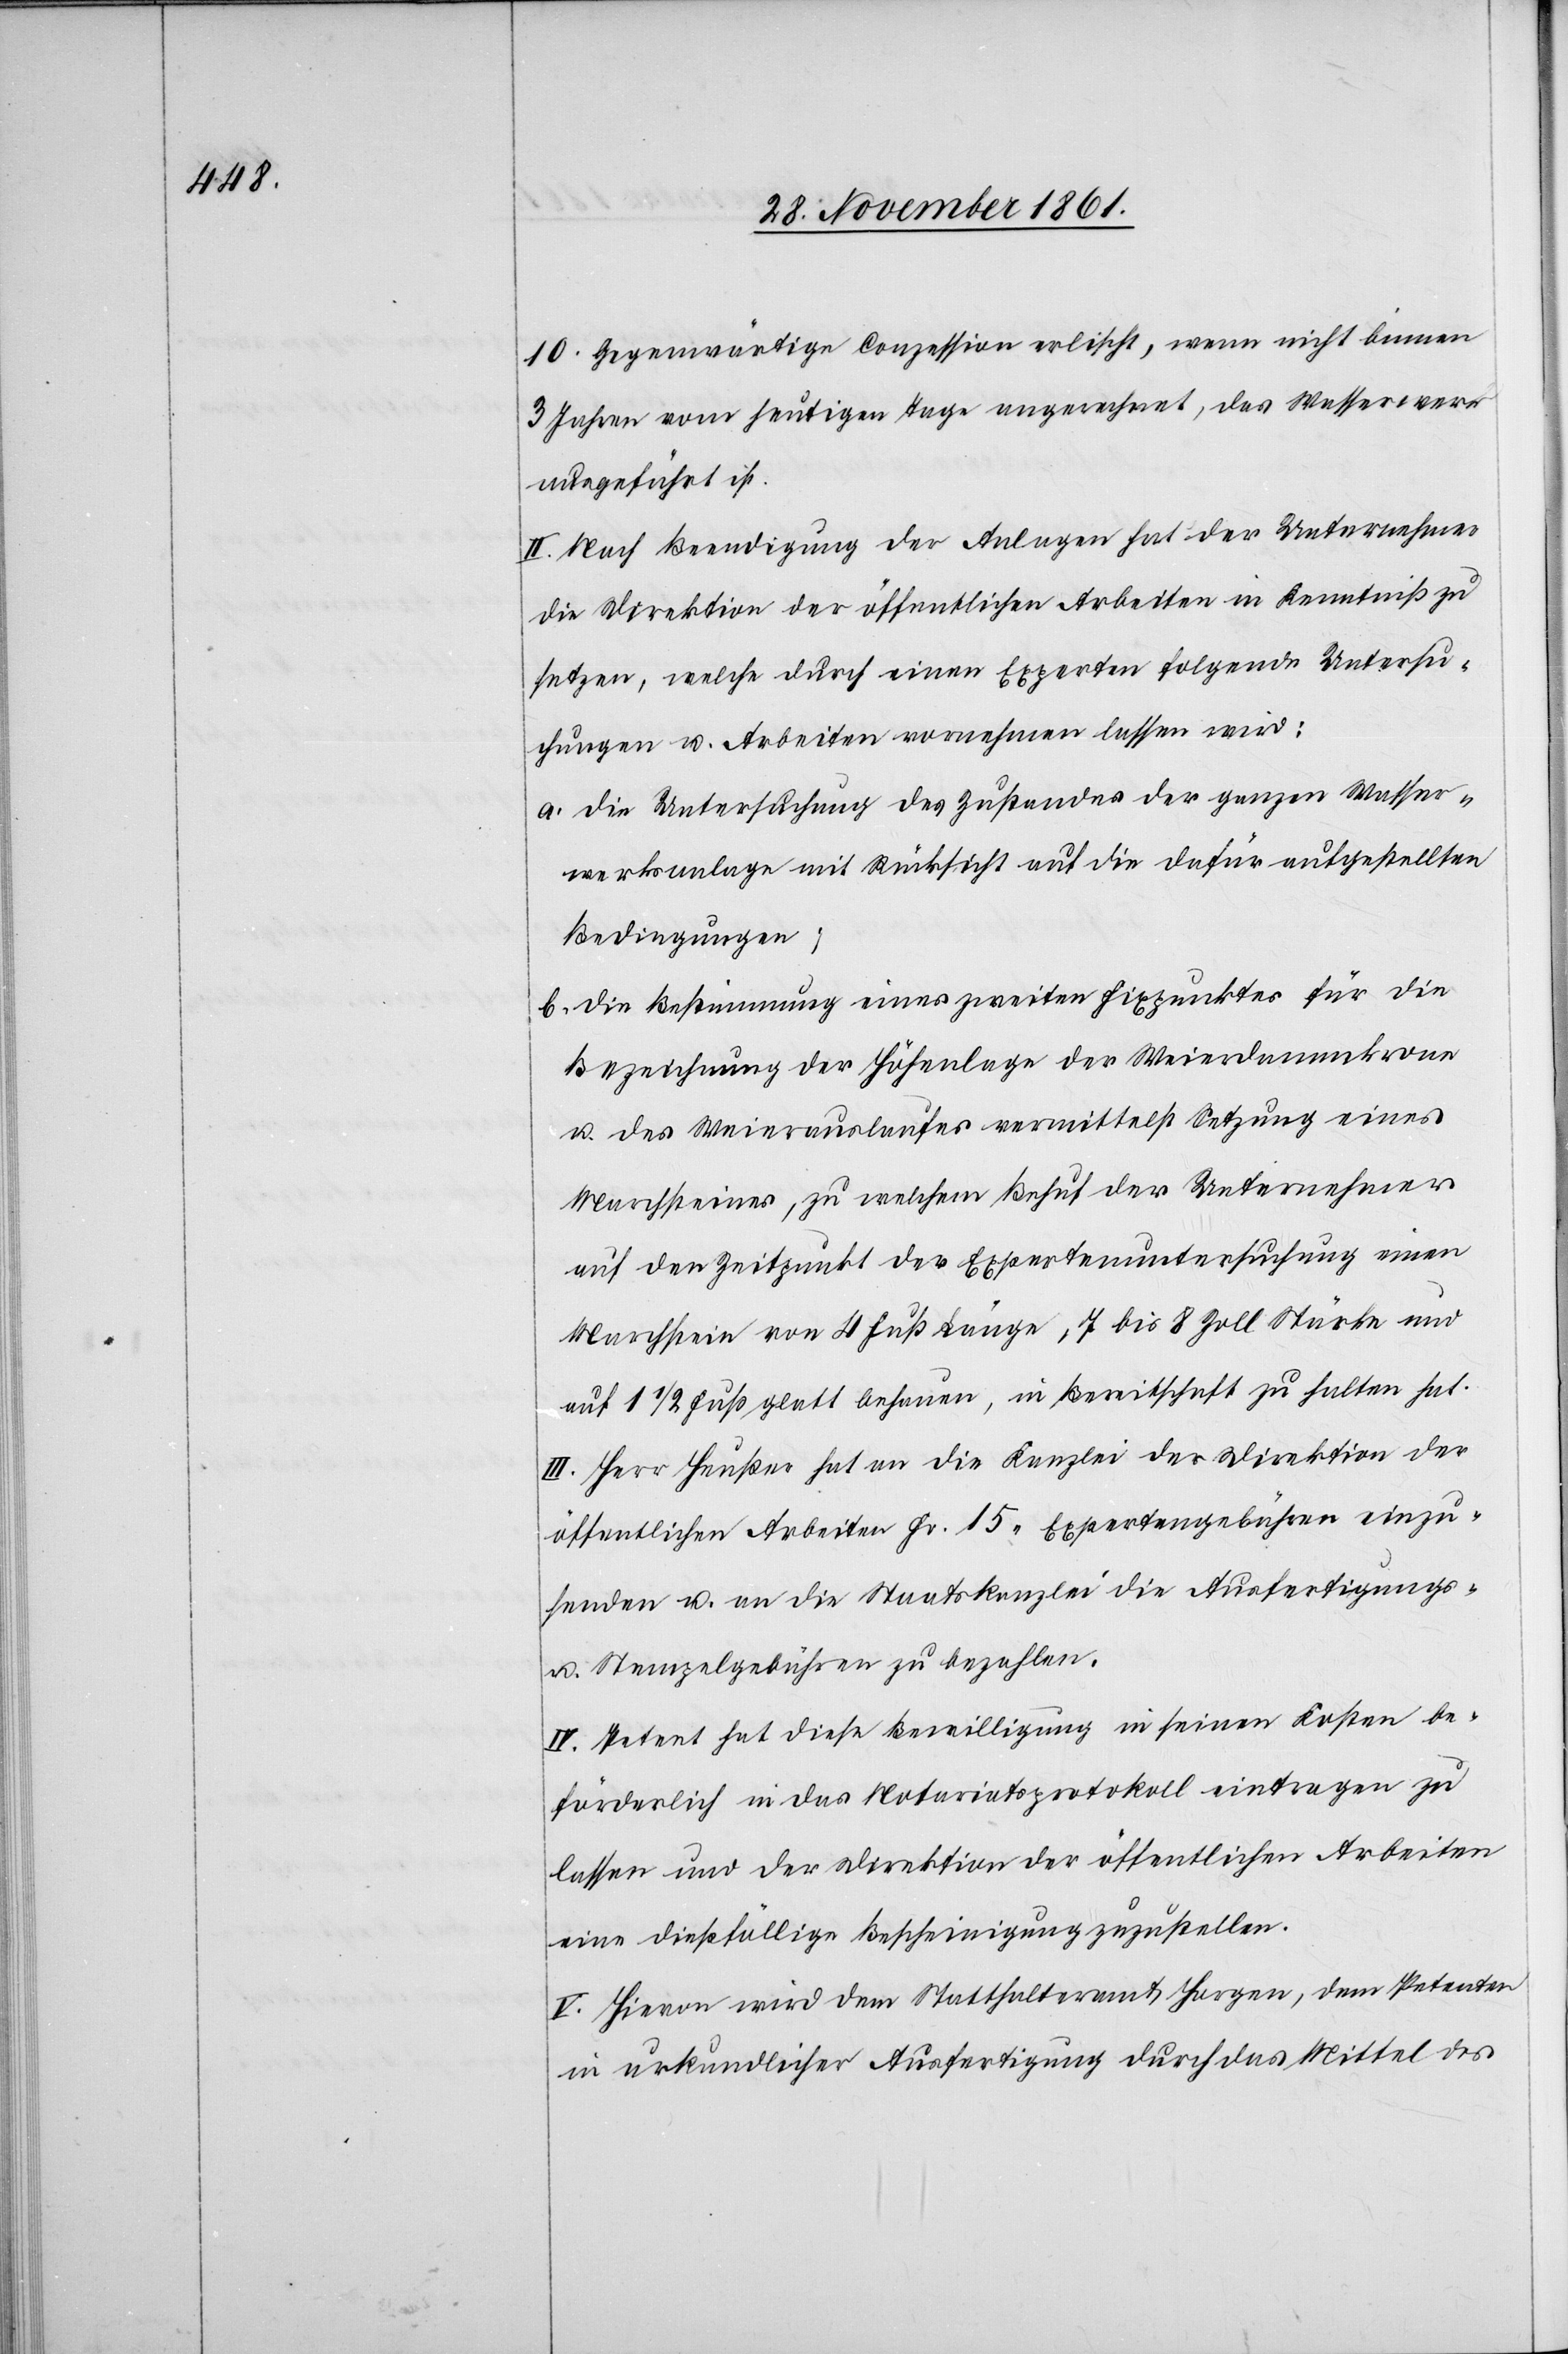
10. Gegenwärtige Conzession erlischt, wenn nicht binnen
3 Jahren vom heutigen Tage angerechnet, das Wasserwerk
ausgeführt ist:
II. Nach Beendigung der Anlagen hat der Unternehmer
die Direktion der öffentlichen Arbeiten in Kenntniß zu
setzen, welche durch einen Experten folgende Untersu¬
chungen u. Arbeiten vornehmen lassen wird:
a. die Untersuchung des Zustandes der ganzen Wasser¬
werksanlage mit Rücksicht auf die dafür aufgestellten
Bedingungen;
b. die Bestimmung eines zweiten Fixpunktes für die
Bezeichnung der Höhenlage der Weierdammkrone
u. des Weierauslaufes vermittelst Setzung eines
Marchsteines, zu welchem Behuf der Unternehmer
auf den Zeitpunkt der Expertenuntersuchung einen
Marchstein von 4 Fuß Länge, 7 bis 8 Zoll Stärke und
auf 1 1/2 Fuß glatt behauen, in Bereitschaft zu halten hat.
III. Herr Heußer hat an die Kanzlei der Direktion der
öffentlichen Arbeiten Fr. 15 Expertengebühren einzu¬
senden u. an die Staatskanzlei die Ausfertigungs-
u. Stempelgebühren zu bezahlen.
IV. Petent hat diese Bewilligung in seinen Kosten be¬
förderlich in das Notariatsprotokoll eintragen zu
lassen und der Direktion der öffentlichen Arbeiten
eine dießfällige Bescheinigung zuzustellen.
V. Hievon wird dem Statthalteramte Horgen, dem Petenten
in urkundlicher Ausfertigung durch das Mittel des